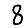
Digit: 8